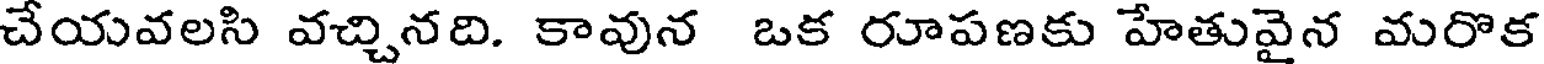
చేయవలసి వచ్చినది. కావున ఒక రూపణకు హేతువైన మరొక